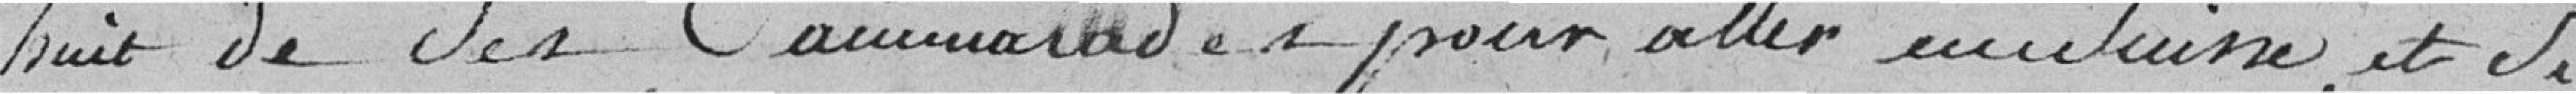
huit de ses camarades pour aller en Suisse, et si